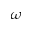
\omega